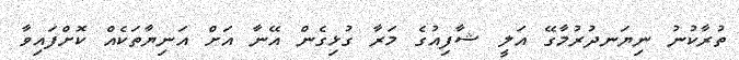
ތުރާކުނު ނިޔަނދުރުމާގޭ އަލީ ޝާފިއުގެ މަރާ ގުޅިގެން އޭނާ އަށް އަނިޔާތަކެއް ކޮށްފައިވާ